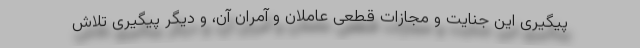
پیگیری این جنایت و مجازات قطعی عاملان و آمران آن، و دیگر پیگیری تلاش